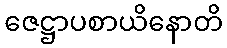
ဇေဋ္ဌာပစာယိနောတိ